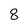
Character: 8